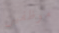
موظفين